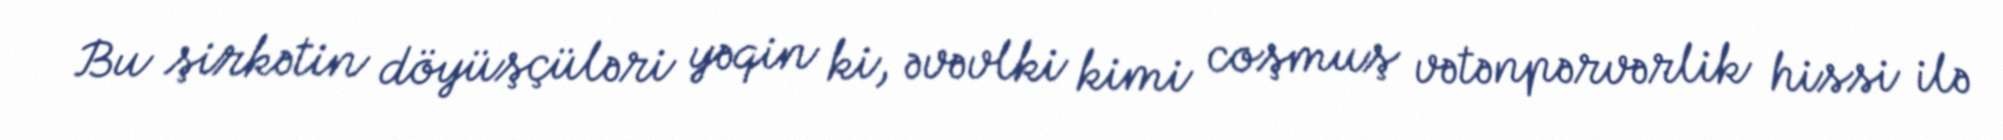
Bu şirkətin döyüşçüləri yəqin ki, əvəvlki kimi coşmuş vətənpərvərlik hissi ilə